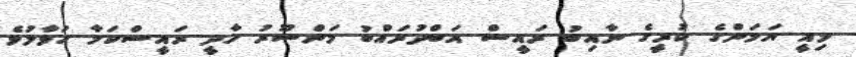
މިއީ ޔަމަންގެ ކުރީގެ ނާއިބު ރައީސް އަބްދުރައްބު މަންސޫރު ހާދީ ރައީސްކަމާ ހަވާލުވެ